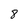
Character: 8